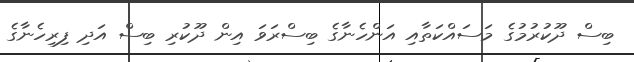
ބިސް ދޫކުރުމުގެ މަސައްކަތާއި އަންހެނާގެ ބިސްރަވަ އިން ދޫކުރި ބިސް އަދި ފިރިހެނާގެ